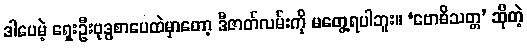
ဒါပေမဲ့ ရှေးဦးဗုဒ္ဓစာပေထဲမှာတော့ ဒီဇာတ်လမ်းကို မတွေ့ရပါဘူး။ ‘ဗောဓိသတ္တ’ ဆိုတဲ့